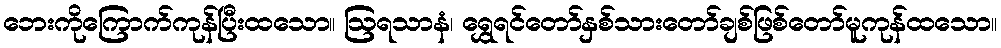
ဘေးကိုကြောက်ကုန်ပြီးထသော။ ဩရသာနံ၊ ရွှေရင်တော်နှစ်သားတော်ချစ်ဖြစ်တော်မူကုန်ထသော။